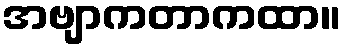
အဗျာကတာကထာ။